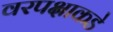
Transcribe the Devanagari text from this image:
वरपक्षाकडे